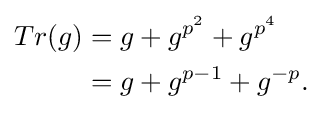
{\begin{aligned}Tr(g)&=g+g^{p^{2}}+g^{p^{4}}\\&=g+g^{p-1}+g^{-p}.\end{aligned}}